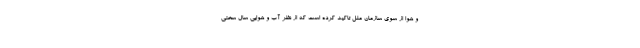
و هوا از سوی سازمان ملل تاکید کرده است که از نظر آب و هوایی سال سختی